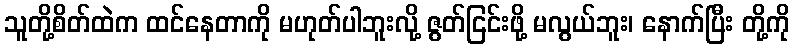
သူတို့စိတ်ထဲက ထင်နေတာကို မဟုတ်ပါဘူးလို့ ဇွတ်ငြင်းဖို့ မလွယ်ဘူး၊ နောက်ပြီး တို့ကို